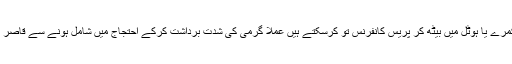
موجودہ گرمی نے ہر شخص کے کڑاکے نکال دیے ہیں، ارب اور کروڑ پتی تاجر، صنعت کار ٹھنڈے کمرے یا ہوٹل میں بیٹھ کر پریس کانفرنس تو کرسکتے ہیں عملاً گرمی کی شدت برداشت کرکے احتجاج میں شامل ہونے سے قاصر ہیں، وہ صرف بے روزگار مزدور طبقے کو آگے کرکے اپنے مطالبات منوانے کی کوشش کررہے ہیں۔